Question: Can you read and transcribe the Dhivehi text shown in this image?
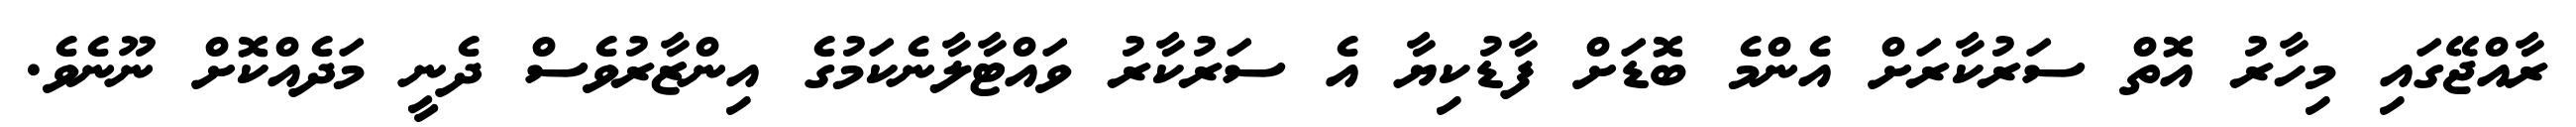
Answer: ރާއްޖޭގައި މިހާރު އޮތް ސަރުކާރަށް އެންމެ ބޮޑަށް ފާޑުކިޔާ އެ ސަރުކާރު ވައްޓާލާނެކަމުގެ އިންޒާރުވެސް ދެނީ މަދެއްކޮށް ނޫނެވެ.